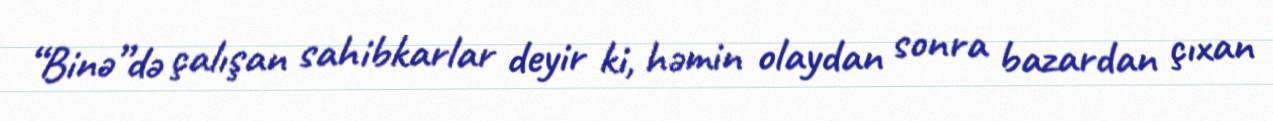
“Binə”də çalışan sahibkarlar deyir ki, həmin olaydan sonra bazardan çıxan